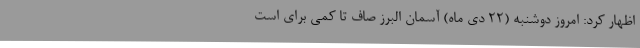
اظهار کرد: امروز دوشنبه (22 دی ماه) آسمان البرز صاف تا کمی برای است